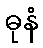
ဓုနံ